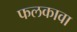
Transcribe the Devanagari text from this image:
फलकावा